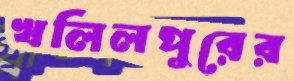
খলিলপুরের